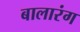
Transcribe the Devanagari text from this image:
बालारंग